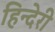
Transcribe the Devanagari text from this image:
हिन्देरी